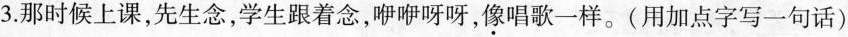
3.那时候上课，先生念，学生跟着念，咿咿呀呀，像唱歌一样。(用加点字写一句话)